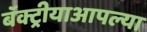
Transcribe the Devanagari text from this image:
बॅक्ट्रीयाआपल्या